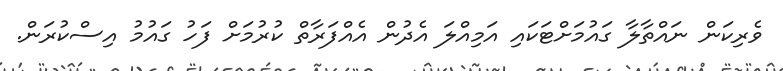
ވެރިކަން ނައްތާލާ ގައުމަށްޓަކައި އަމިއްލަ އެދުން އެއްފަރާތް ކުރުމަށް ފަހު ގައުމު އިސްކުރަން.